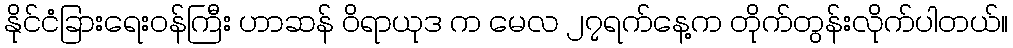
နိုင်ငံခြားရေးဝန်ကြီး ဟာဆန် ဝိရာယုဒ က မေလ ၂၇ရက်နေ့က တိုက်တွန်းလိုက်ပါတယ်။